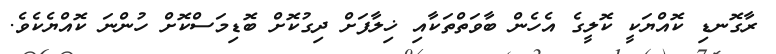
ރާގޮނޑި ކޮއްޔަކީ ކޮލީގެ އެހެން ބާވަތްތަކާއި ޚިލާފަށް ދިގުކޮށް ބޮޑިމަސްކޮށް ހުންނަ ކޮއްޔެކެވެ.